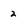
Character: 2